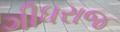
ગીધરાજ